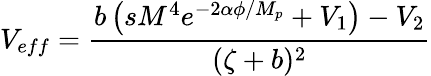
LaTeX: V_{eff}=\frac{b\left(sM^{4}e^{-2\alpha\phi/M_{p}}+V_{1}\right)-V_{2}}{(\zeta+b)^{2}}